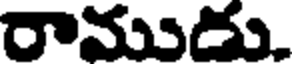
రాముడు.